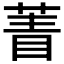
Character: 𦴀